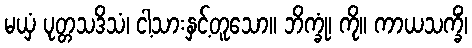
မယှံ ပုတ္တသဒိသံ၊ ငါ့သားနှင့်တူသော။ ဘိက္ခုံ၊ ကို။ ကာယသက္ခိံ၊